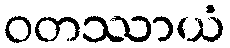
ဝတဿာယံ